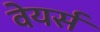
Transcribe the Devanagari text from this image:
वेयर्स